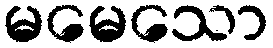
မမေသော